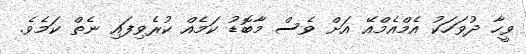
ވީހާ ދުވަހަކު އެމްއެމްއޭ އަށް ވެސް މާބޮޑު ކަމެއް ކުރެވިފައި ނެތް ކަމެވެ.